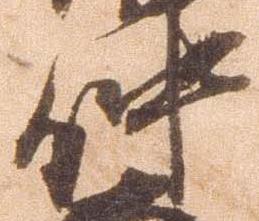
仲